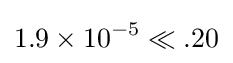
\mathrm {1} .9\times 10^{-5}\ll .20